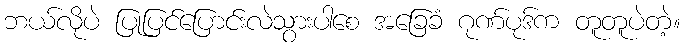
ဘယ်လိုပဲ ပြုပြင်ပြောင်းလဲသွားပါစေ အခြေခံ ဂုဏ်ပုဒ်က တူတူပဲတဲ့။